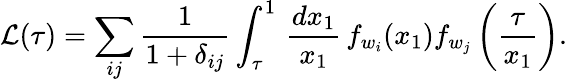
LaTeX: {\cal L}(\tau)=\sum_{ij}\displaystyle{\frac{1}{1+\delta_{ij}}}\int_{\tau}^{1}\, \displaystyle{\frac{dx_{1}}{x_{1}}}\, f_{w_{i}}(x_{1})f_{w_{j}}\left(\displaystyle{\frac{\tau}{x_{1}}}\right).